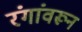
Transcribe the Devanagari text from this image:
रंगांवरून